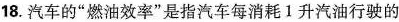
18.汽车的”燃油效率”是指汽车每消耗1升汽油行驶的